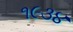
૧૯૩૪